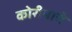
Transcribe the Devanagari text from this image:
कोरीयाचे